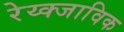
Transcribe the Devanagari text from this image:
रेय्क्जाविक